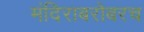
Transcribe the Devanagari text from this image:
मंदिराबरोबरच